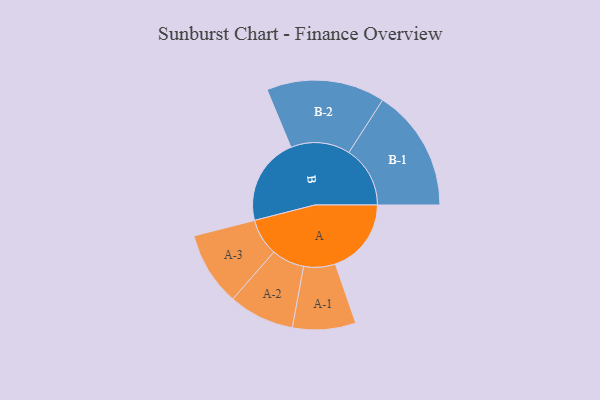
{"axis": {"x": "Segment", "y": "Value"}, "legend": ["", "A", "B"], "data": [{"x": "A", "y": 310, "type": ""}, {"x": "B", "y": 357, "type": ""}, {"x": "A-1", "y": 129, "type": "A"}, {"x": "A-2", "y": 134, "type": "A"}, {"x": "A-3", "y": 151, "type": "A"}, {"x": "B-1", "y": 250, "type": "B"}, {"x": "B-2", "y": 242, "type": "B"}]}